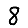
Digit: 8